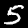
Digit: 5